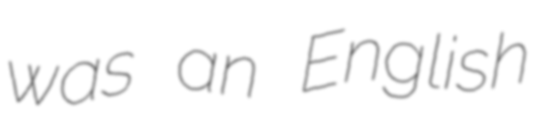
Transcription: was an English